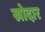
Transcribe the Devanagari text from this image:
खोदार